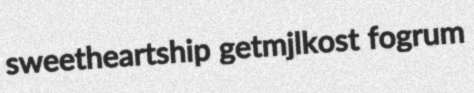
sweetheartship getmjlkost fogrum